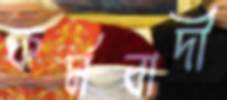
কর্মবাদী